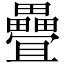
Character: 疊